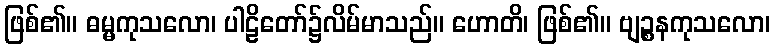
ဖြစ်၏။ ဓမ္မကုသလော၊ ပါဠိတော်၌လိမ်မာသည်။ ဟောတိ၊ ဖြစ်၏။ ဗျဉ္စနကုသလော၊